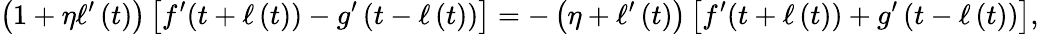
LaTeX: \left(1+\eta\ell^{\prime}\left(t\right)\right)\left[f^{\prime}(t+\ell\left(t\right))-g^{\prime}\left(t-\ell\left(t\right)\right)\right]=-\left(\eta+\ell^{\prime}\left(t\right)\right)\left[f^{\prime}(t+\ell\left(t\right))+g^{\prime}\left(t-\ell\left(t\right)\right)\right],